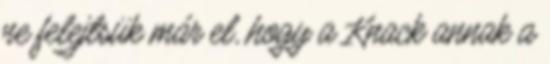
ne felejtsük már el, hogy a Knack annak a